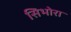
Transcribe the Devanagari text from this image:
सिभोरा